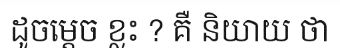
ដូចម្តេច ខ្លះ ? គឺ និយាយ ថា